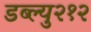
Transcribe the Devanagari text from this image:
डब्ल्यु२१२